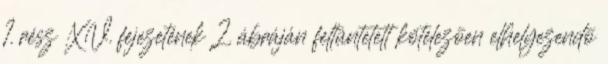
1. rész XV. fejezetének 2. ábráján feltüntetett kötelezõen elhelyezendõ